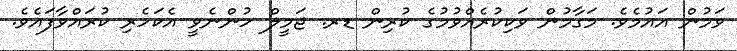
ވަމުން އައުމެވެ. މަގާމުން ވަކިކުރެއްވުމުގެ ކުރިން ޑރ. ޖަމީލް ހުންނެވީ އެކަހެރި ކުރައްވާފައެވެ.